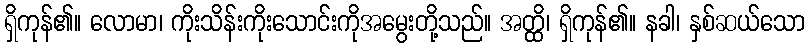
ရှိကုန်၏။ လောမာ၊ ကိုးသိန်းကိုးသောင်းကိုအမွေးတို့သည်။ အတ္ထိ၊ ရှိကုန်၏။ နခါ၊ နှစ်ဆယ်သော